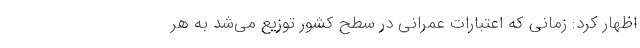
اظهار کرد: زمانی که اعتبارات عمرانی در سطح کشور توزیع می‌شد به هر